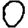
Digit: 0